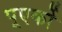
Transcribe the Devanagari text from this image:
पूएर्को